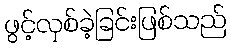
ဖွင့်လှစ်ခဲ့ခြင်းဖြစ်သည်